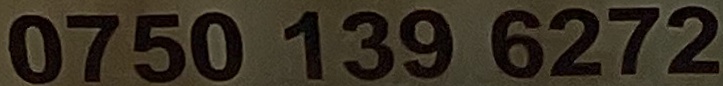
0750 139 6272